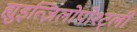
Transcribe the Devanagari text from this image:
ह्युइत्ज़िलोपोश्ट्ली